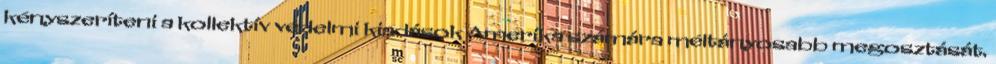
kényszeríteni a kollektív védelmi kiadások Amerika számára méltányosabb megosztását.